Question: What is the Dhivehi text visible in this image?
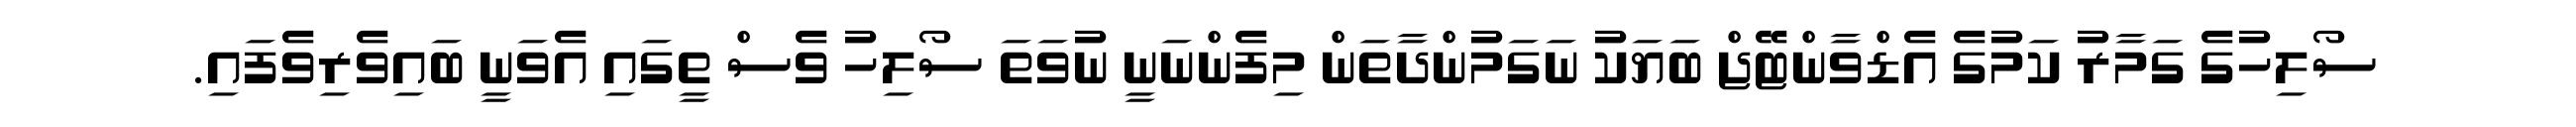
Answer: ސޯލިހުގެ ގަމާރު ކަމުގެ އެޑްވާންޓޭޖް ބަޔަކު ނަގަމުންދާތަން މިފެންނަނީ ނުވަތަ ސޯލިހު ވެސް ތީގައި އެވަނީ ބައިވެރިވެފައި.